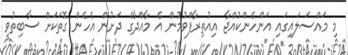
މި މައްސަލައިގައި އަންހެންކުއްޖާ އިއުތިރާފްވުމުން އެ މާއްދާގެ ދަށުން އެހެން ގޮތަކަށް ސާބިތުވީ